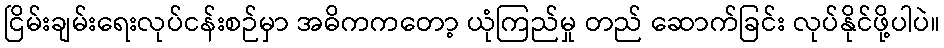
ငြိမ်းချမ်းရေးလုပ်ငန်းစဉ်မှာ အဓိကကတော့ ယုံကြည်မှု တည် ဆောက်ခြင်း လုပ်နိုင်ဖို့ပါပဲ။